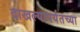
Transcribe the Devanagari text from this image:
दाखल्यापर्यंतच्या